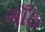
ગાઁઠ